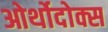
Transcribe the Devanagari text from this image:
ओर्थोदोक्स